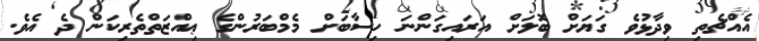
އެއްޗެތި ވިދާޅުވެ ގަޔަށް ބޮލަށް އަރައިގަންނަ ހިސާބަށް މެމްބަރުންގެ ޢިއްޒަތްތެރިކަން ދެ އެވެ.